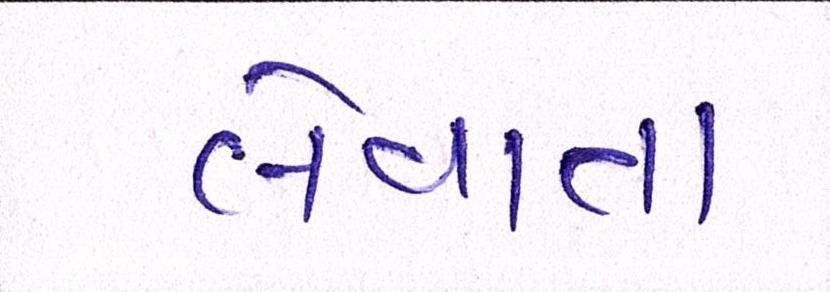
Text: લેવાતાં